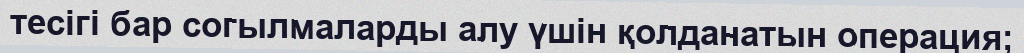
тесігі бар согылмаларды алу үшін қолданатын операция;